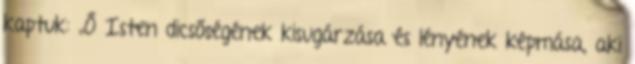
kaptuk: „Ő Isten dicsőségének kisugárzása és lényének képmása, aki